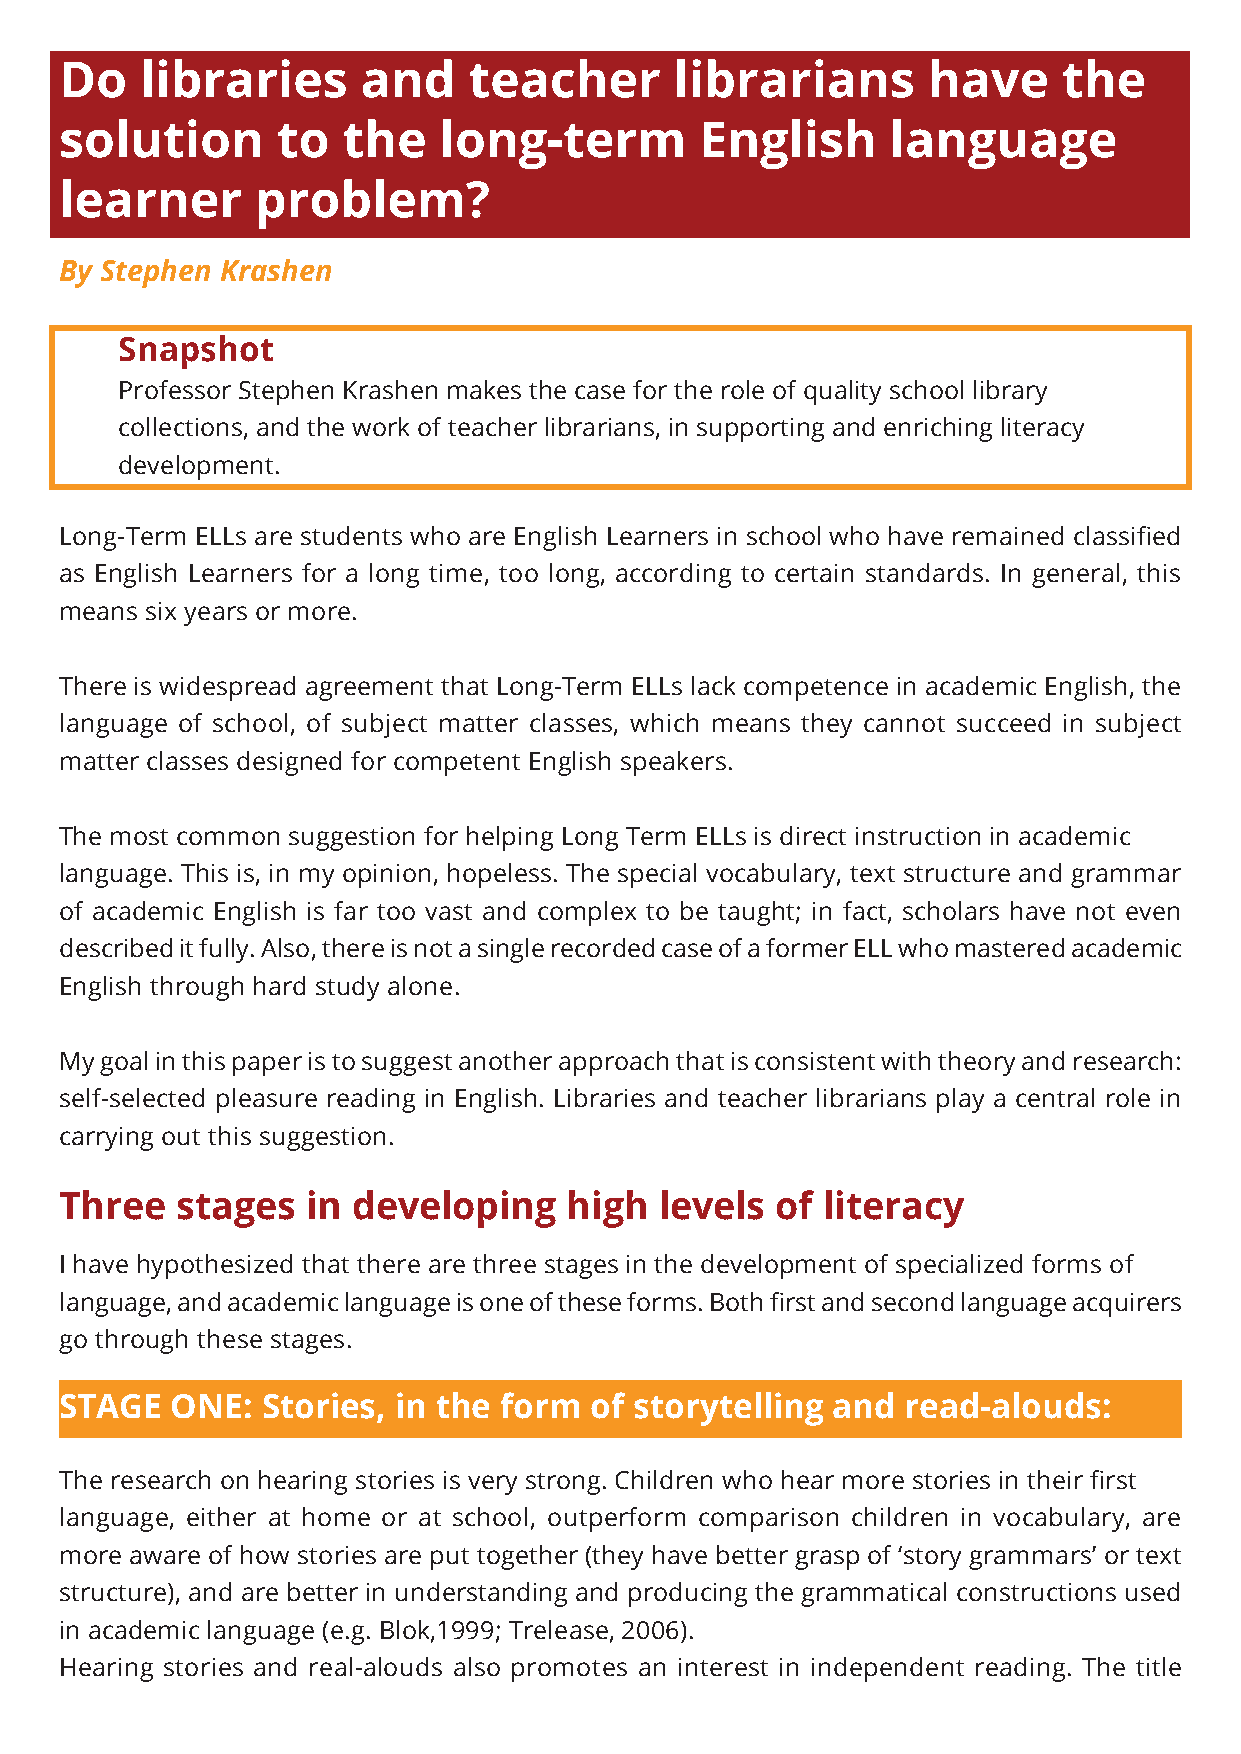
Do   libraries      and    teacher       librarians      have     the
 solution      to   the   long-term        English      language
 learner      problem?
 By Stephen Krashen
 Snapshot
 Professor Stephen Krashen makes the case for the role of quality school library
 collections, and the work of teacher librarians, in supporting and enriching literacy
 development.
 Long-Term ELLs are students who are English Learners in school who have remained classified
 as English Learners for a long time, too long, according to certain standards. In general, this
 means six years or more.
 There is widespread agreement that Long-Term ELLs lack competence in academic English, the
 language of school, of subject matter classes, which means they cannot succeed in subject
 matter classes designed for competent English speakers.
 The most common suggestion for helping Long Term ELLs is direct instruction in academic
 language. This is, in my opinion, hopeless. The special vocabulary, text structure and grammar
 of academic English is far too vast and complex to be taught; in fact, scholars have not even
 described it fully. Also, there is not a single recorded case of a former ELL who mastered academic
 English through hard study alone.
 My goal in this paper is to suggest another approach that is consistent with theory and research:
 self-selected pleasure reading in English. Libraries and teacher librarians play a central role in
 carrying out this suggestion.
 Three   stages  in developing     high  levels of literacy
 I have hypothesized that there are three stages in the development of specialized forms of
 language, and academic language is one of these forms. Both first and second language acquirers
 go through these stages.
 STAGE  ONE:  Stories, in the form  of storytelling and  read-alouds:
 The research on hearing stories is very strong. Children who hear more stories in their first
 language, either at home or at school, outperform comparison children in vocabulary, are
 more aware of how stories are put together (they have better grasp of ‘story grammars’ or text
 structure), and are better in understanding and producing the grammatical constructions used
 in academic language (e.g. Blok,1999; Trelease, 2006).
 Hearing stories and real-alouds also promotes an interest in independent reading. The title